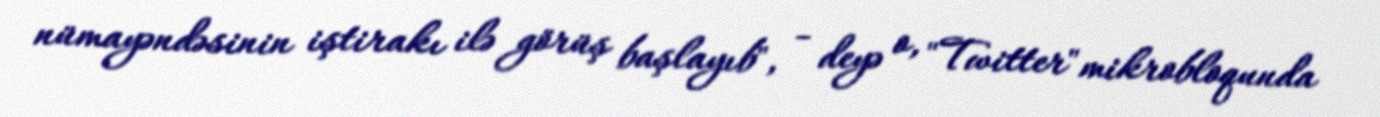
nümayəndəsinin iştirakı ilə görüş başlayıb", - deyə o, "Twitter" mikrobloqunda